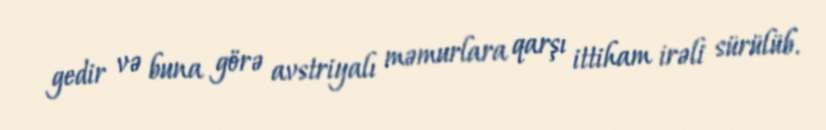
gedir və buna görə avstriyalı məmurlara qarşı ittiham irəli sürülüb.